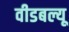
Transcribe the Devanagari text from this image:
वीडबल्यू